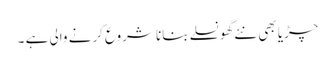
چڑیا بھی نئے گھونسلے بنانا شروع کرنے والی ہے ۔